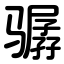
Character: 骣